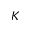
K